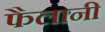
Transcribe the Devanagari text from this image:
फैलानी